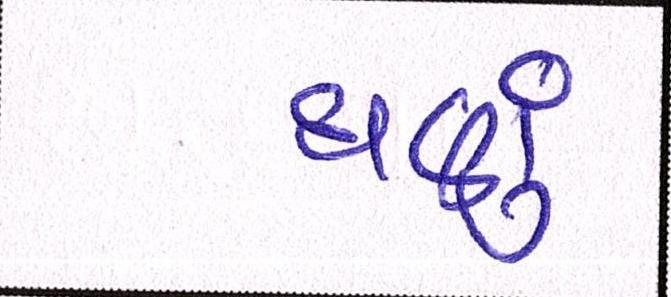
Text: ઘણુ